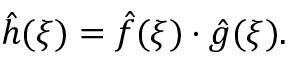
{ \hat { h } } ( \xi ) = { \hat { f } } ( \xi ) \cdot { \hat { g } } ( \xi ) .